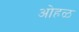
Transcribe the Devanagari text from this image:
ओहळ